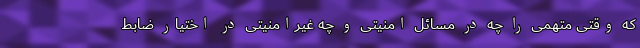
که وقتی متهمی را چه در مسائل امنیتی و چه غیرامنیتی در اختیار ضابط